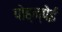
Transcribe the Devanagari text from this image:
पोह्न्पेई